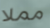
مملا